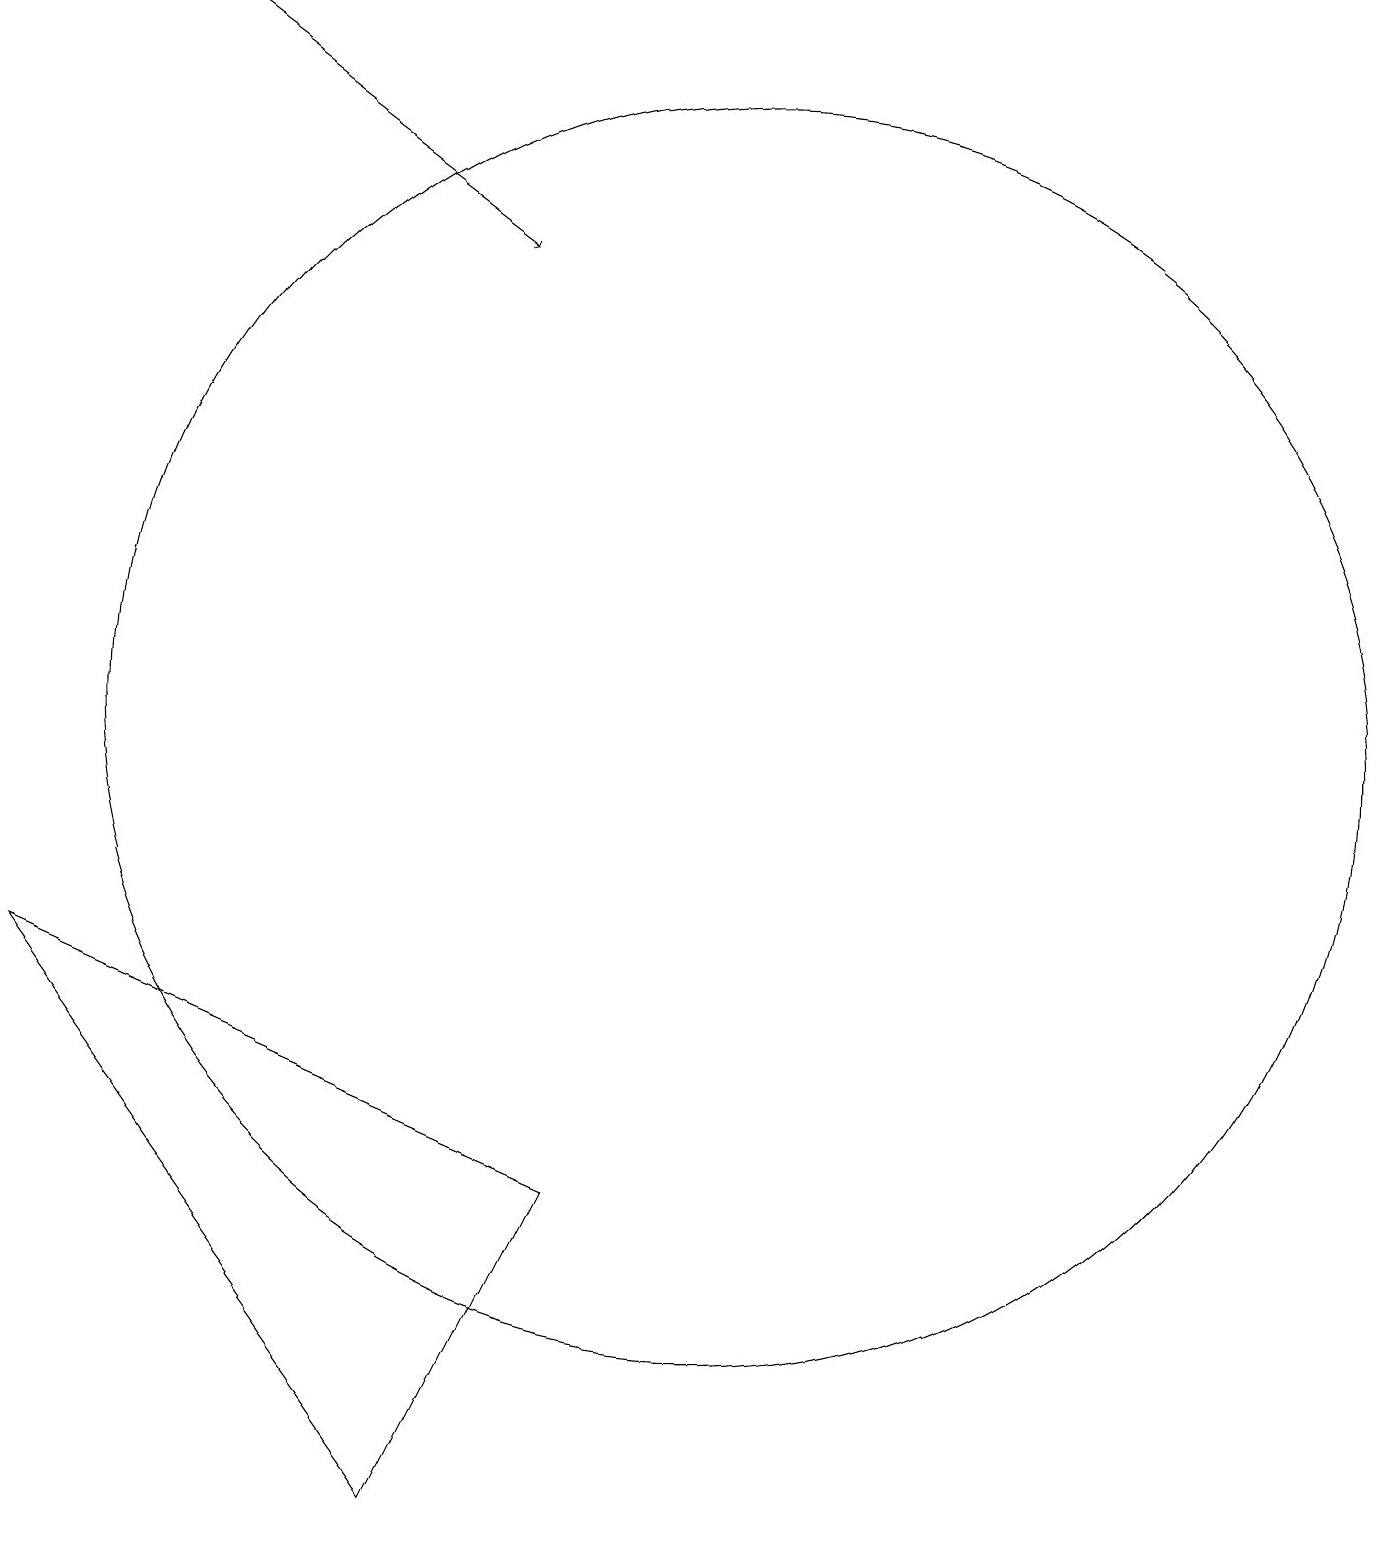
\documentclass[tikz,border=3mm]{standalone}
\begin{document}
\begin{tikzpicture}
\draw (8,4) -- (1,7) -- (6,0) -- cycle;
\draw[->] (3,19) -- (7,16);
\draw (10,10) circle (8);
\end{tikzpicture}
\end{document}